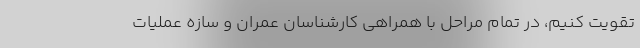
تقویت کنیم، در تمام مراحل با همراهی کارشناسان عمران و سازه عملیات